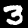
Label: 3